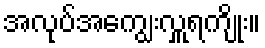
အလုပ်အကျွေးလှူရကျိုး။